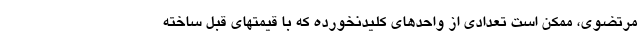
مرتضوی، ممکن است تعدادی از واحدهای کلیدنخورده که با قیمتهای قبل ساخته